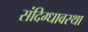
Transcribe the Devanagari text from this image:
संदिग्धावस्था